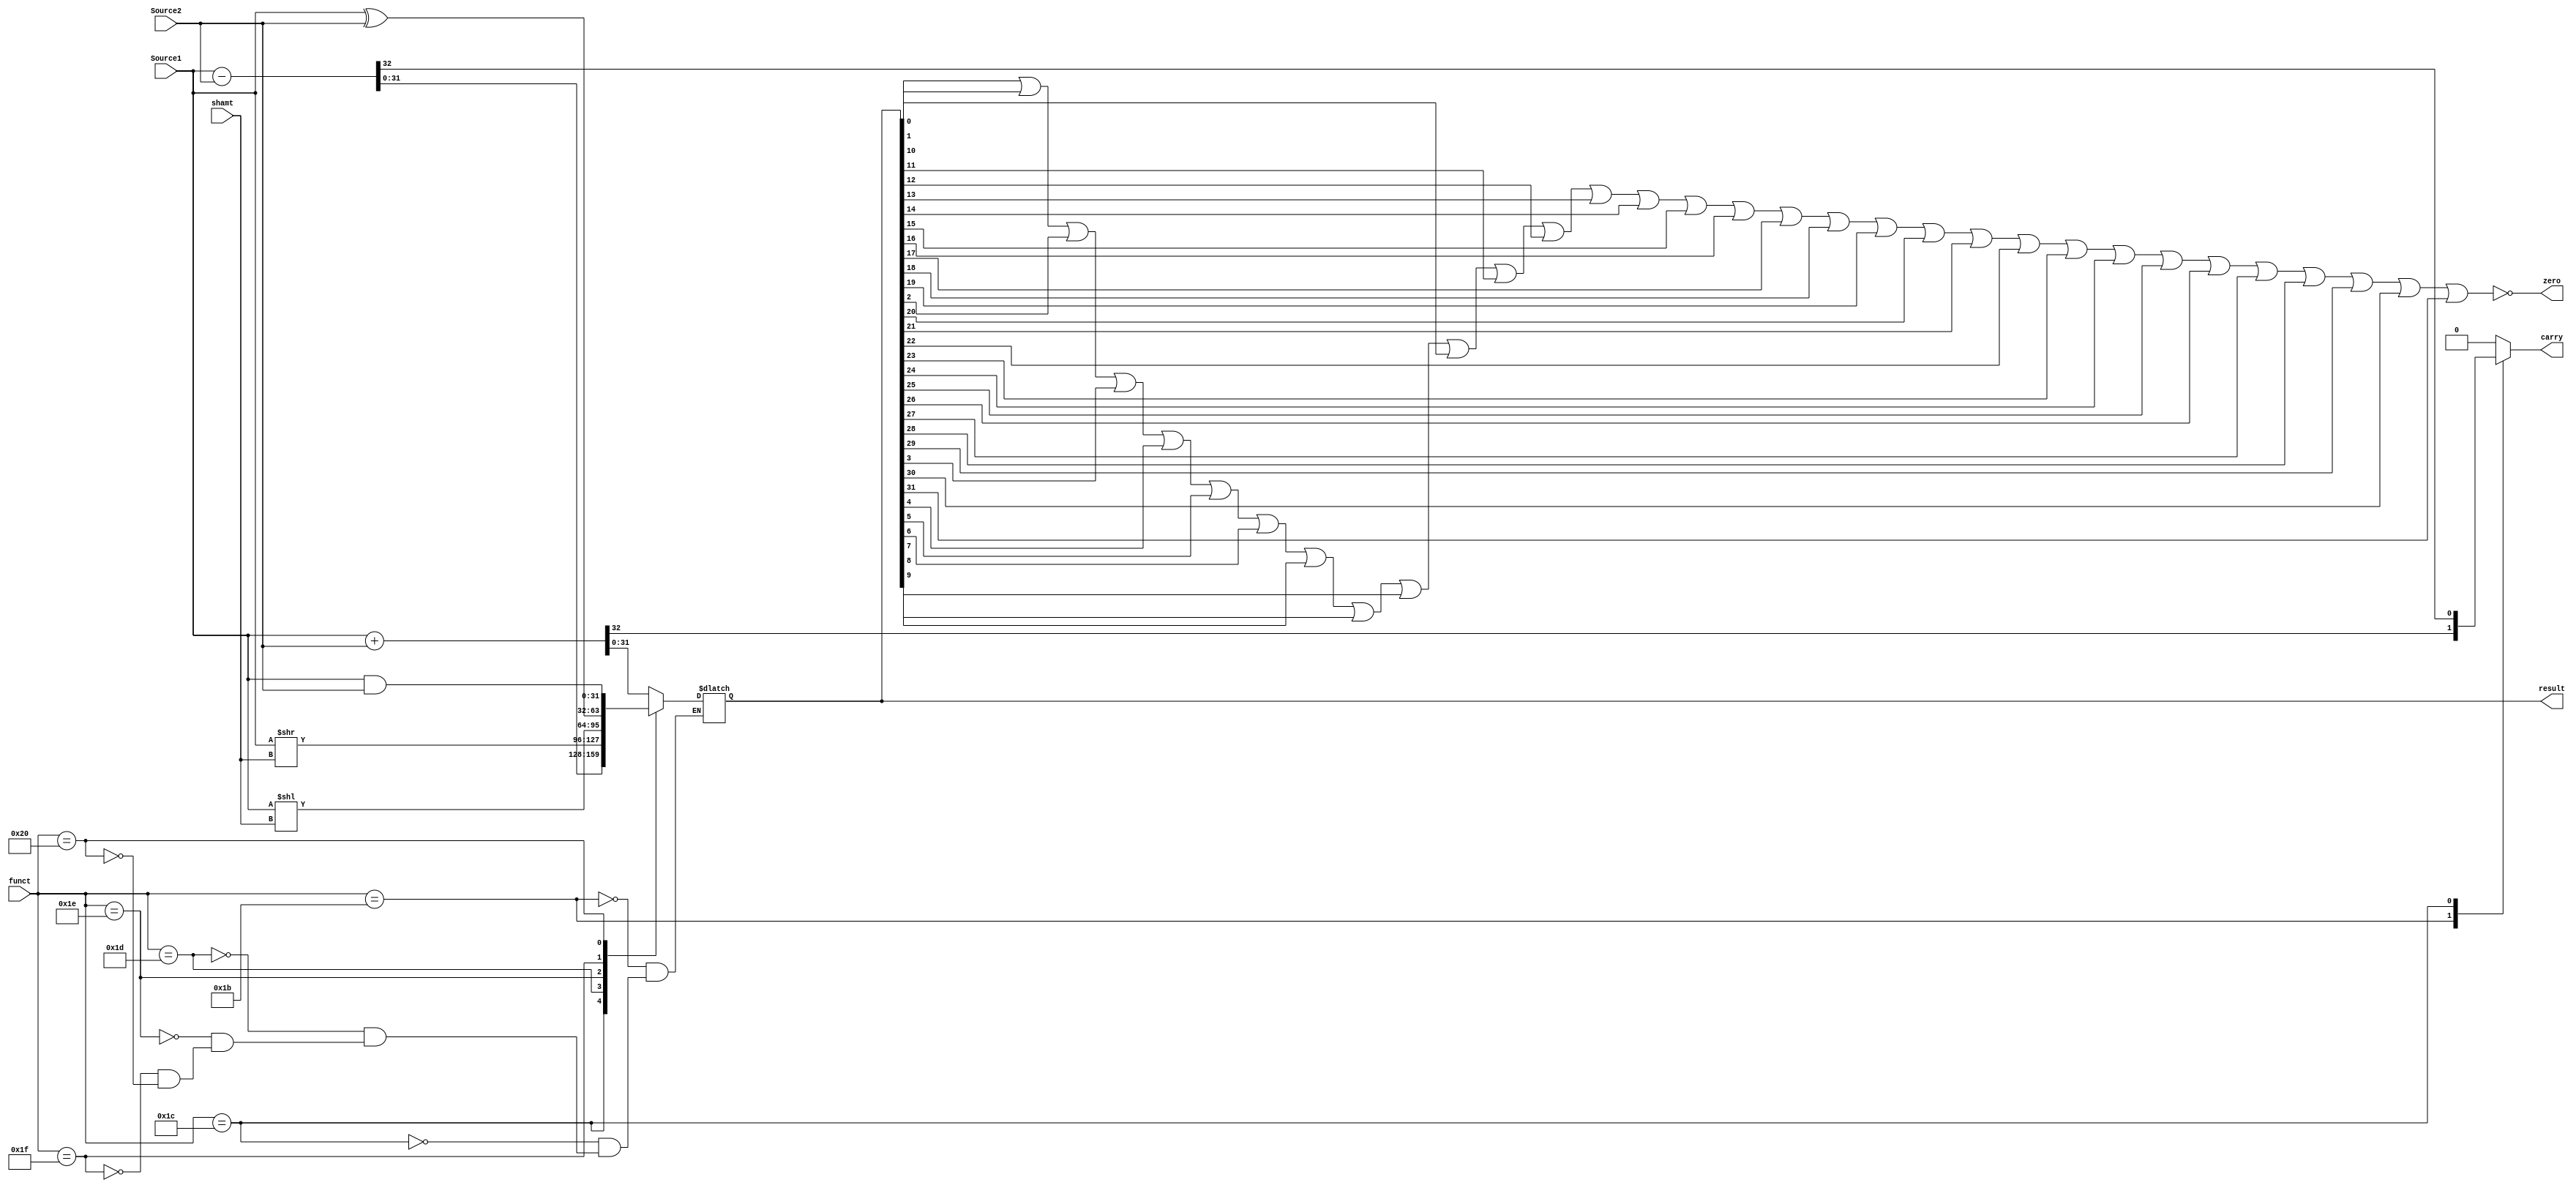
module ALU(
	input [31:0] Source1,
	input [31:0] Source2,
	input [5:0] funct,
	input [4:0] shamt,
	output reg [31:0] result,
	output zero,
	output reg carry
	);
nor ZFlag (zero, result[0],result[1],result[2],result[3],result[4],result[5],result[6],result[7]
	,result[8],result[9],result[10],result[11],result[12],result[13],result[14],result[15]
	,result[16],result[17],result[18],result[19],result[20],result[21],result [22],result[23]
	,result[24],result[25],result[26],result[27],result[28],result[29],result[30],result [31]);

always @(Source1, Source2, funct, shamt ) begin
carry=0;
case (funct)
6'd27: {carry, result} = Source1+Source2;
6'd28: {carry, result} = Source1-Source2;
6'd29:result <= Source1>>shamt;
6'd30:result <= Source1<<shamt;
6'd31:result <= Source1^Source2;
6'd32:result <= Source1&Source2;
endcase
end
endmodule